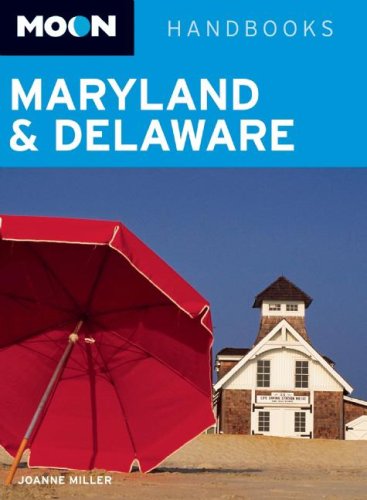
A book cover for Moon Maryland and Delaware (Moon Handbooks); Joanne Miller; Travel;